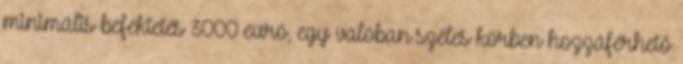
minimális befektetés 3000 euró, egy valóban széles körben hozzáférhető